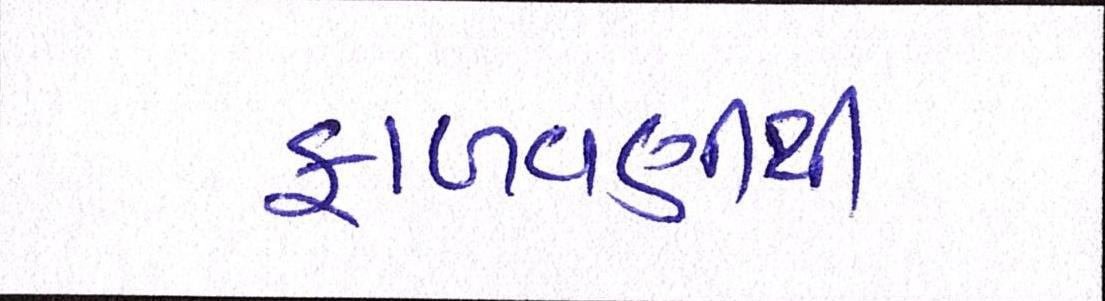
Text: ફાળવણીથી